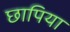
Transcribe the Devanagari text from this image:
छापिया